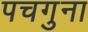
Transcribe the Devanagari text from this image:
पचगुना